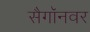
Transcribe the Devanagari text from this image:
सैगॉनवर